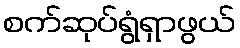
စက်ဆုပ်ရွံရှာဖွယ်